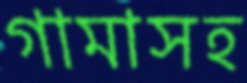
গামাসহ